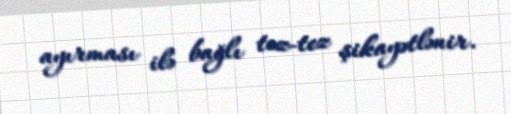
ayırması ilə bağlı tez-tez şikayətlənir.